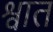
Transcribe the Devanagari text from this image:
श्वात